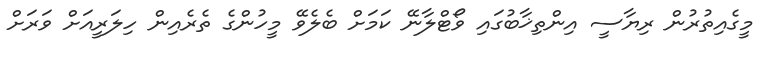
މީގެއިތުރުން ރިޔާސީ އިންތިޚާބުގައި ވޯޓްލާނޭ ކަމަށް ބެލެވޭ މީހުންގެ ތެރެއިން ހިލަރީއަށް ވަރަށް